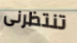
تنتظرنى